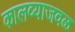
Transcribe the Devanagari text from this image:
कालव्याजवळ